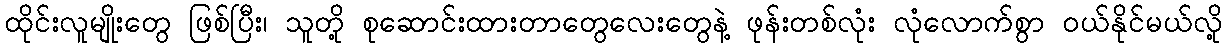
ထိုင်းလူမျိုးတွေ ဖြစ်ပြီး၊ သူတို့ စုဆောင်းထားတာတွေလေးတွေနဲ့ ဖုန်းတစ်လုံး လုံလောက်စွာ ဝယ်နိုင်မယ်လို့